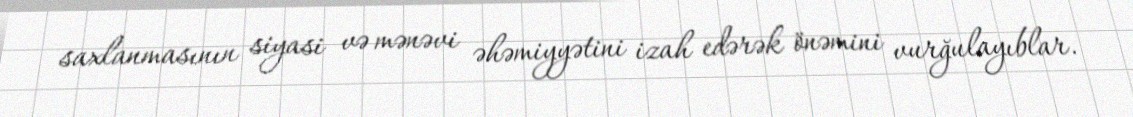
saxlanmasının siyasi və mənəvi əhəmiyyətini izah edərək önəmini vurğulayıblar.